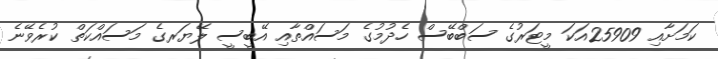
ކަމަށާއި 25909އަކަ މީޓަރުގެ ސަބްބޭސް ހެދުމުގެ މަސައްތާއި އޭބީސީ ލޭޔަރގެ މަސައްކަތް ކުރެވޭނެ